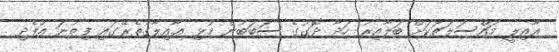
ޢާއިލީ މައްސަލަތަކަށް ބަލާއިރު ހަދާ ދޮގުގެ ސަބަބުން މުޅި ޢާއިލާގެތެރޭގައި ފިތުނަ އުފެދި